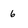
Character: 6